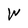
Character: W